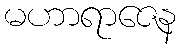
မဟာရာဇေန